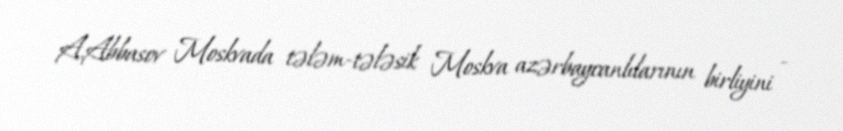
A.Abbasov Moskvada tələm-tələsik Moskva azərbaycanlılarının birliyini -